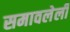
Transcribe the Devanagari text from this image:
समावलेली